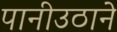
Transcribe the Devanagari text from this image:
पानीउठाने